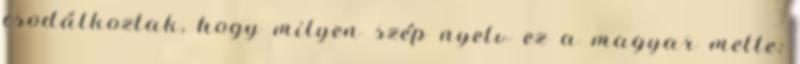
csodálkoztak, hogy milyen szép nyelv ez a magyar mette: